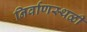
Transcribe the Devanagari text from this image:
निर्वाणस्थळी